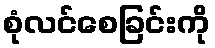
စုံလင်စေခြင်းကို